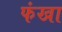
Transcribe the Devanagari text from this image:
फंखा